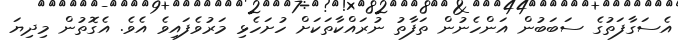
އެސަގާފަތުގެ ސަބަބުން އަންހެނުން ތަފާތު ނުރައްކާތަކަށް ހުށަހެޅި މަރުވެފައިވެ އެވެ. އެގޮތުން މިދިޔަ